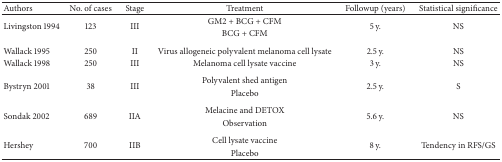
<table><thead><tr><td><b>Authors</b></td><td><b>No. of cases</b></td><td><b>Stage</b></td><td><b>Treatment</b></td><td><b>Followup (years)</b></td><td><b>Statistical significance</b></td></tr></thead><tbody><tr><td rowspan="2">Livingston 1994</td><td rowspan="2">123</td><td rowspan="2">III</td><td>GM2 + BCG + CFM</td><td rowspan="2">5 y.</td><td rowspan="2">NS</td></tr><tr><td>BCG + CFM</td></tr><tr><td>Wallack 1995</td><td>250</td><td>II</td><td>Virus allogeneic polyvalent melanoma cell lysate</td><td>2.5 y.</td><td>NS</td></tr><tr><td>Wallack 1998</td><td>250</td><td>III</td><td>Melanoma cell lysate vaccine</td><td>3 y.</td><td>NS</td></tr><tr><td rowspan="2">Bystryn 2001</td><td rowspan="2">38</td><td rowspan="2">III</td><td>Polyvalent shed antigen</td><td rowspan="2">2.5 y.</td><td rowspan="2">S</td></tr><tr><td>Placebo</td></tr><tr><td rowspan="2">Sondak 2002</td><td rowspan="2">689</td><td rowspan="2">IIA</td><td>Melacine and DETOX</td><td rowspan="2">5.6 y.</td><td rowspan="2">NS</td></tr><tr><td>Observation</td></tr><tr><td rowspan="2">Hershey</td><td rowspan="2">700</td><td rowspan="2">IIB</td><td>Cell lysate vaccine</td><td rowspan="2">8 y.</td><td rowspan="2">Tendency in RFS/GS</td></tr><tr><td>Placebo</td></tr></tbody></table>